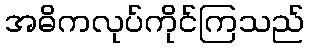
အဓိကလုပ်ကိုင်ကြသည်